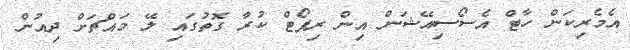
އެމެރިކަން ހާޓް އެސޯސިއޭޝަން އިން ރިޕޯޓް ކުރާ ގޮތުގައި ލޭ މައްޗަށް ދިއުން